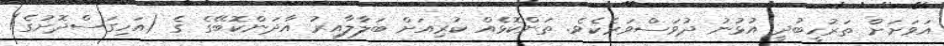
އަވަށަށް ތަރުހީބުދީ އުޅުނު ދުވަސްވަރެކެވެ. ތަންކޮޅެއް ކުރިއަށް ބަލާލާއިރު އާދަންކޮބޭގެ ގެ (އަހިގަސްދޮށުގެ)